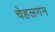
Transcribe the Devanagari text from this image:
चेहलगन